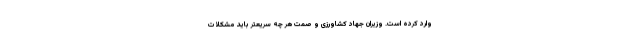
وارد کرده است. وزیران جهاد کشاورزی و صمت هر چه سریعتر باید مشکلات